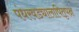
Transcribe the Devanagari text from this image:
पंधरवड्यालापितृपक्ष